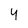
Character: 4